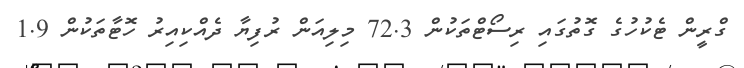
ގްރީން ޓެކުހުގެ ގޮތުގައި ރިސޯޓްތަކުން 72.3 މިލިއަން ރުފިޔާ ދެއްކިއިރު ހޮޓާތަކުން 1.9